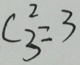
C _ { 3 } ^ { 2 } = 3